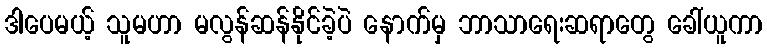
ဒါပေမယ့် သူမဟာ မလွန်ဆန်နိုင်ခဲ့ပဲ နောက်မှ ဘာသာရေးဆရာတွေ ခေါ်ယူကာ